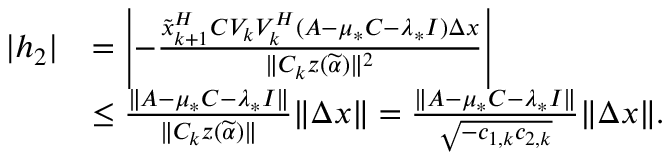
\begin{array} { r l } { | h _ { 2 } | } & { = \left| - \frac { \widetilde { x } _ { k + 1 } ^ { H } C V _ { k } V _ { k } ^ { H } ( A - \mu _ { * } C - \lambda _ { * } I ) \Delta x } { \| C _ { k } z ( \widetilde { \alpha } ) \| ^ { 2 } } \right| } \\ & { \leq \frac { \| A - \mu _ { * } C - \lambda _ { * } I \| } { \| C _ { k } z ( \widetilde { \alpha } ) \| } \| \Delta x \| = \frac { \| A - \mu _ { * } C - \lambda _ { * } I \| } { \sqrt { - c _ { 1 , k } c _ { 2 , k } } } \| \Delta x \| . } \end{array}